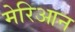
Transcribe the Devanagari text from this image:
मेरिआन